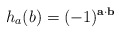
\begin{align*}h_a(b)& = (-1)^{ \mathbf{a} \cdot \mathbf{b} }\end{align*}